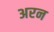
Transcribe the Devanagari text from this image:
अरन